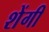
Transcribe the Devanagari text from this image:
शेंगी